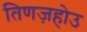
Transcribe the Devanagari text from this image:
तिणज़होउ